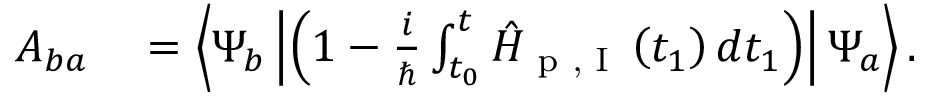
\begin{array} { r l } { A _ { b a } } & { { } = \left\langle \Psi _ { b } \left| \left( 1 - \frac { i } { \hbar } \int _ { t _ { 0 } } ^ { t } \hat { H } _ { \textrm { p , I } } \left( t _ { 1 } \right) d t _ { 1 } \right) \right| \Psi _ { a } \right\rangle . } \end{array}